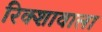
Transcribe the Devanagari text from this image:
रिक्शावाला